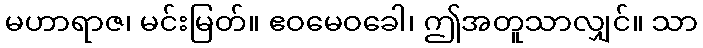
မဟာရာဇ၊ မင်းမြတ်။ ဧဝမေဝခေါ၊ ဤအတူသာလျှင်။ သာ